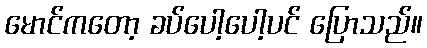
မောင်ကတော့ ခပ်ပေါ့ပေါ့ပင် ပြောသည်။